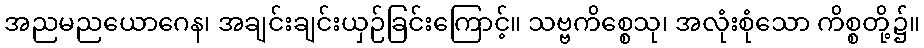
အညမညယောဂေန၊ အချင်းချင်းယှဉ်ခြင်းကြောင့်။ သဗ္ဗကိစ္စေသု၊ အလုံးစုံသော ကိစ္စတို့၌။